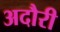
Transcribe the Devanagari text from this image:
अदौरी